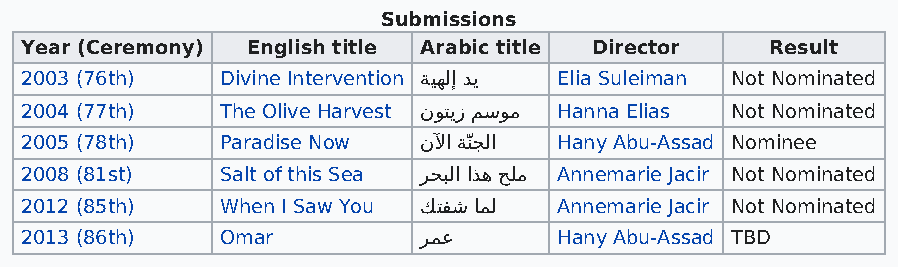
Submissions
 Year (Ceremony) English title Arabic title Director Result
 2003 (76th)   Divine Intervention ﺔﻴﻬﻟإ ﺪﻳ Elia Suleiman Not Nominated
 2004 (77th)   The Olive Harvest نﻮﺘﻳز ﻢﺳﻮﻣ Hanna Elias Not Nominated
 2005 (78th)   Paradise Now نﻵا ﺔّﻨﺠﻟا Hany Abu-Assad Nominee
 2008 (81st)   Salt of this Sea ﺮﺤﺒﻟا اﺬﻫ ﺢﻠﻣ Annemarie Jacir Not Nominated
 2012 (85th)   When I Saw You ﻚﺘﻔﺷ ﺎﻤﻟ Annemarie Jacir Not Nominated
 2013 (86th)   Omar         ﺮﻤﻋ      Hany Abu-Assad TBD